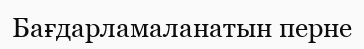
Бағдарламаланатын перне